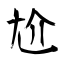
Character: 尬